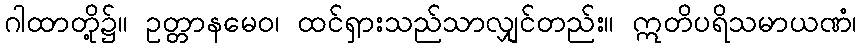
ဂါထာတို့၌။ ဥတ္တာနမေဝ၊ ထင်ရှားသည်သာလျှင်တည်း။ ဣတိပရိသမာယဏံ၊